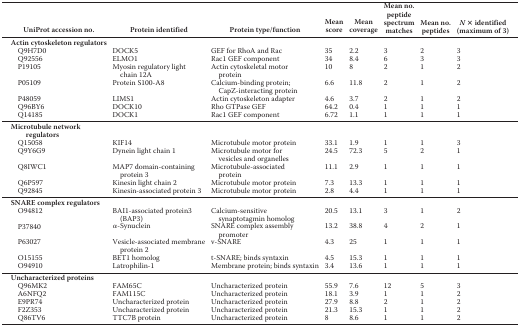
<table><thead><tr><td><b>UniProt accession no.</b></td><td><b>Protein identified</b></td><td><b>Protein type/function</b></td><td><b>Mean score</b></td><td><b>Mean coverage</b></td><td><b>Mean no. peptide spectrum matches</b></td><td><b>Mean no. peptides</b></td><td><b><i>N</i> × identified (maximum of 3)</b></td></tr></thead><tbody><tr><td><b>Actin cytoskeleton regulators</b></td><td></td><td></td><td></td><td></td><td></td><td></td><td></td></tr><tr><td>Q9H7D0</td><td>DOCK5</td><td>GEF for RhoA and Rac</td><td>35</td><td>2.2</td><td>3</td><td>2</td><td>3</td></tr><tr><td>Q92556</td><td>ELMO1</td><td>Rac1 GEF component</td><td>34</td><td>8.4</td><td>6</td><td>3</td><td>3</td></tr><tr><td>P19105</td><td>Myosin regulatory light chain 12A</td><td>Actin cytoskeletal motor protein</td><td>10</td><td>8</td><td>2</td><td>1</td><td>2</td></tr><tr><td>P05109</td><td>Protein S100-A8</td><td>Calcium-binding protein; CapZ-interacting protein</td><td>6.6</td><td>11.8</td><td>2</td><td>1</td><td>2</td></tr><tr><td>P48059</td><td>LIMS1</td><td>Actin cytoskeleton adapter</td><td>4.6</td><td>3.7</td><td>2</td><td>1</td><td>2</td></tr><tr><td>Q96BY6</td><td>DOCK10</td><td>Rho GTPase GEF</td><td>64.2</td><td>0.4</td><td>1</td><td>1</td><td>1</td></tr><tr><td>Q14185</td><td>DOCK1</td><td>Rac1 GEF component</td><td>6.72</td><td>1.1</td><td>1</td><td>1</td><td>1</td></tr><tr><td><b>Microtubule network regulators</b></td><td></td><td></td><td></td><td></td><td></td><td></td><td></td></tr><tr><td>Q15058</td><td>KIF14</td><td>Microtubule motor protein</td><td>33.1</td><td>1.9</td><td>1</td><td>1</td><td>3</td></tr><tr><td>Q9Y6G9</td><td>Dynein light chain 1</td><td>Microtubule motor for vesicles and organelles</td><td>24.5</td><td>72.3</td><td>5</td><td>2</td><td>1</td></tr><tr><td>Q8IWC1</td><td>MAP7 domain-containing protein 3</td><td>Microtubule-associated protein</td><td>11.1</td><td>2.9</td><td>1</td><td>1</td><td>1</td></tr><tr><td>Q6P597</td><td>Kinesin light chain 2</td><td>Microtubule motor protein</td><td>7.3</td><td>13.3</td><td>1</td><td>1</td><td>1</td></tr><tr><td>Q92845</td><td>Kinesin-associated protein 3</td><td>Microtubule motor protein</td><td>2.8</td><td>4.4</td><td>1</td><td>1</td><td>1</td></tr><tr><td><b>SNARE complex regulators</b></td><td></td><td></td><td></td><td></td><td></td><td></td><td></td></tr><tr><td>O94812</td><td>BAI1-associated protein3 (BAP3)</td><td>Calcium-sensitive synaptotagmin homolog</td><td>20.5</td><td>13.1</td><td>3</td><td>1</td><td>2</td></tr><tr><td>P37840</td><td>α-Synuclein</td><td>SNARE complex assembly promoter</td><td>13.2</td><td>38.8</td><td>4</td><td>2</td><td>1</td></tr><tr><td>P63027</td><td>Vesicle-associated membrane protein 2</td><td>v-SNARE</td><td>4.3</td><td>25</td><td>1</td><td>1</td><td>1</td></tr><tr><td>O15155</td><td>BET1 homolog</td><td>t-SNARE; binds syntaxin</td><td>4.5</td><td>15.3</td><td>1</td><td>1</td><td>1</td></tr><tr><td>O94910</td><td>Latrophilin-1</td><td>Membrane protein; binds syntaxin</td><td>3.4</td><td>13.6</td><td>1</td><td>1</td><td>1</td></tr><tr><td><b>Uncharacterized proteins</b></td><td></td><td></td><td></td><td></td><td></td><td></td><td></td></tr><tr><td>Q96MK2</td><td>FAM65C</td><td>Uncharacterized protein</td><td>55.9</td><td>7.6</td><td>12</td><td>5</td><td>3</td></tr><tr><td>A6NFQ2</td><td>FAM115C</td><td>Uncharacterized protein</td><td>18.1</td><td>3.9</td><td>1</td><td>1</td><td>2</td></tr><tr><td>E9PR74</td><td>Uncharacterized protein</td><td>Uncharacterized protein</td><td>27.9</td><td>8.8</td><td>2</td><td>1</td><td>2</td></tr><tr><td>F2Z353</td><td>Uncharacterized protein</td><td>Uncharacterized protein</td><td>21.3</td><td>15.3</td><td>1</td><td>1</td><td>2</td></tr><tr><td>Q86TV6</td><td>TTC7B protein</td><td>Uncharacterized protein</td><td>8</td><td>8.6</td><td>1</td><td>1</td><td>2</td></tr></tbody></table>